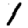
Digit: 1